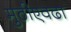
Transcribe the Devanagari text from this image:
मुठीएवढा